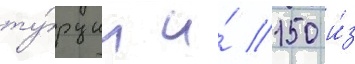
ту́рции и́ 150 и́з